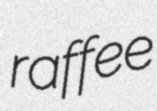
raffee